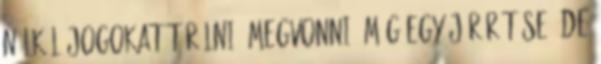
nélkül jogokat törölni, megvonni. Még egy járőrét se. De